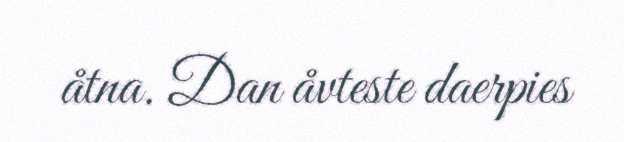
åtna. Dan åvteste daerpies